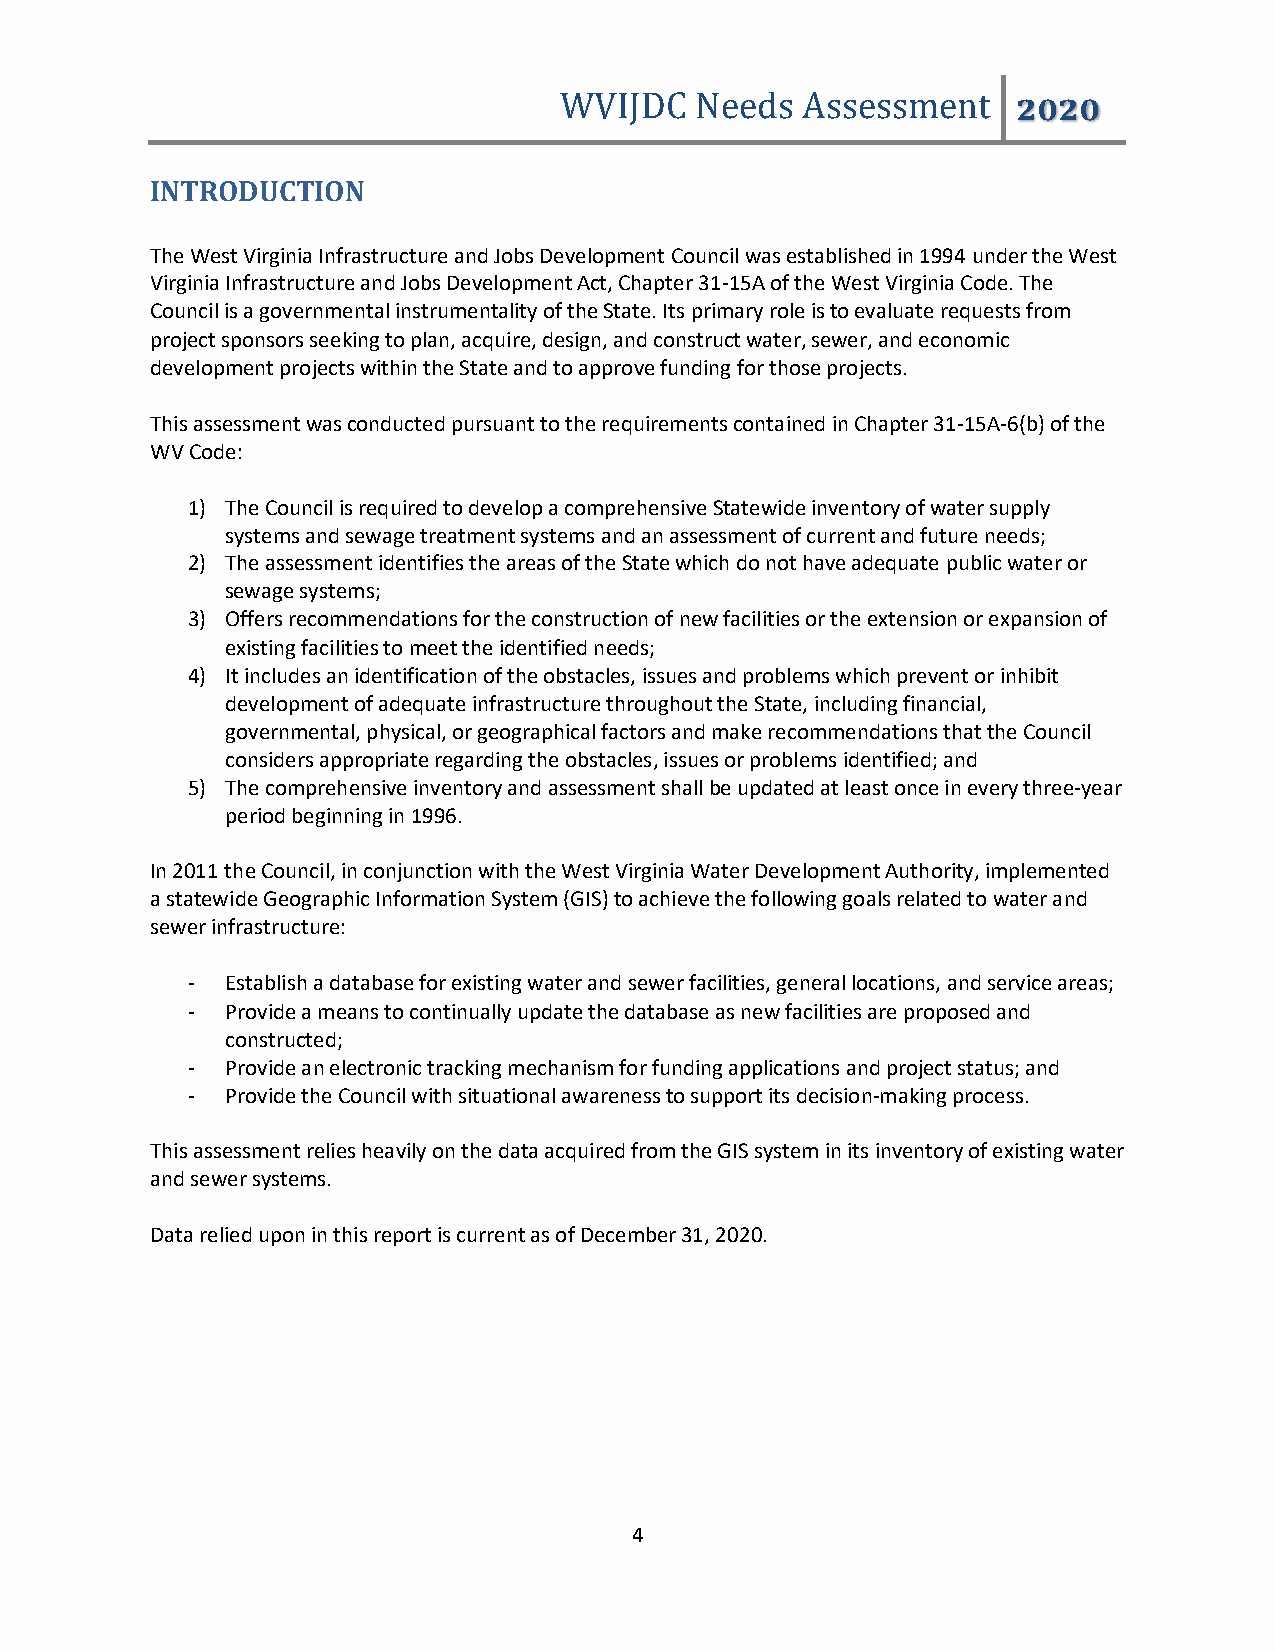
WVIJDC   Needs  Assessment    2020
 INTRODUCTION
 The West Virginia Infrastructure and Jobs Development Council was established in 1994 under the West
 Virginia Infrastructure and Jobs Development Act, Chapter 31-15A of the West Virginia Code. The
 Council is a governmental instrumentality of the State. Its primary role is to evaluate requests from
 project sponsors seeking to plan, acquire, design, and construct water, sewer, and economic
 development projects within the State and to approve funding for those projects.
 This assessment was conducted pursuant to the requirements contained in Chapter 31-15A-6(b) of the
 WV Code:
 1) The Council is required to develop a comprehensive Statewide inventory of water supply
 systems and sewage treatment systems and an assessment of current and future needs;
 2) The assessment identifies the areas of the State which do not have adequate public water or
 sewage systems;
 3) Offers recommendations for the construction of new facilities or the extension or expansion of
 existing facilities to meet the identified needs;
 4) It includes an identification of the obstacles, issues and problems which prevent or inhibit
 development of adequate infrastructure throughout the State, including financial,
 governmental, physical, or geographical factors and make recommendations that the Council
 considers appropriate regarding the obstacles, issues or problems identified; and
 5) The comprehensive inventory and assessment shall be updated at least once in every three-year
 period beginning in 1996.
 In 2011 the Council, in conjunction with the West Virginia Water Development Authority, implemented
 a statewide Geographic Information System (GIS) to achieve the following goals related to water and
 sewer infrastructure:
 -  Establish a database for existing water and sewer facilities, general locations, and service areas;
 -  Provide a means to continually update the database as new facilities are proposed and
 constructed;
 -  Provide an electronic tracking mechanism for funding applications and project status; and
 -  Provide the Council with situational awareness to support its decision-making process.
 This assessment relies heavily on the data acquired from the GIS system in its inventory of existing water
 and sewer systems.
 Data relied upon in this report is current as of December 31, 2020.
 4